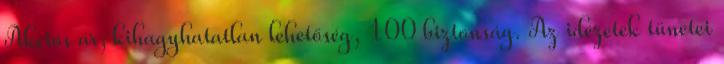
Akciós ár, kihagyhatatlan lehetőség, 100 biztonság. Az idézetek tünetei